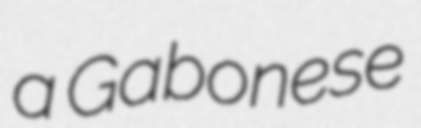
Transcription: a Gabonese